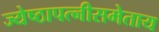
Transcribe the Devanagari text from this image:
ज्येष्ठापत्नीसमेताय